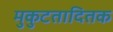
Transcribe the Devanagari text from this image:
मुकुटतादितक